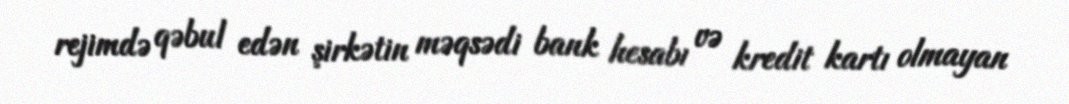
rejimdə qəbul edən şirkətin məqsədi bank hesabı və kredit kartı olmayan